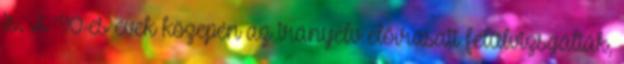
is. A '90-es évek közepén az irányelv előírásait felülvizsgálták,